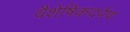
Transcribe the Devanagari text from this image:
वैशेषिकदर्पण